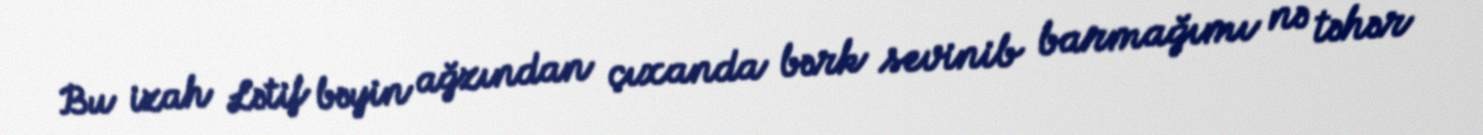
Bu izah Lətif bəyin ağzından çıxanda bərk sevinib barmağımı nə təhər